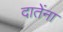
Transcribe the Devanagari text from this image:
दातेंना